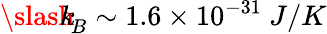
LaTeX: {\slash\! \! \! k}_{\! {B}}\sim 1.6\times 10^{-31}\ J/K